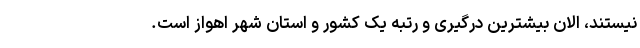
نیستند، الان بیشترین درگیری و رتبه یک کشور و استان شهر اهواز است.